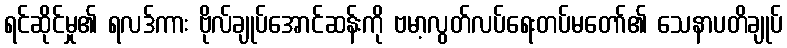
ရင်ဆိုင်မှု၏ ရလဒ်ကား ဗိုလ်ချုပ်အောင်ဆန်းကို ဗမာ့လွတ်လပ်ရေးတပ်မတော်၏ သေနာပတိချုပ်